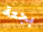
بجعة